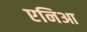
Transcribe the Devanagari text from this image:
एनिआ